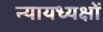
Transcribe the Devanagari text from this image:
न्यायध्यक्षों